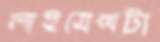
লাইসেন্সটা